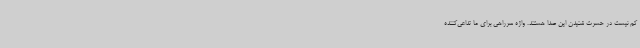
کم نیست در حسرت شنیدن این صدا هستند. واژه سرراهی برای ما تداعی‌کننده